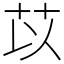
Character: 苡